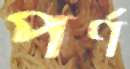
পর্ণ